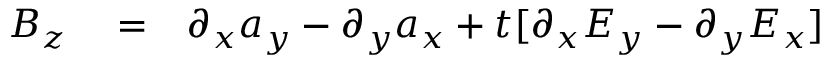
\begin{array} { r l r } { B _ { z } } & { { } = } & { \partial _ { x } a _ { y } - \partial _ { y } a _ { x } + t [ \partial _ { x } E _ { y } - \partial _ { y } E _ { x } ] } \end{array}